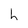
Character: h